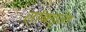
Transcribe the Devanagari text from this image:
तांबड्ता